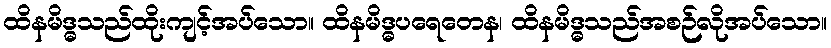
ထိနမိဒ္ဓသည်ထိုးကျင့်အပ်သော။ ထိနမိဒ္ဓပရေတေန၊ ထိနမိဒ္ဓသည်အစဉ်လိုအပ်သော။